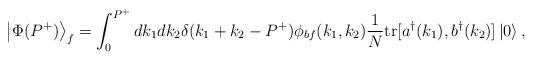
LaTeX: \begin{align*}\left\vert \Phi(P^+) \right\rangle_f=\int_0^{P^+} dk_1 dk_2 \delta(k_1+k_2-P^+)\phi_{bf}(k_1,k_2){1 \over N}{\rm tr}[a^\dagger(k_1), b^\dagger(k_2)]\left\vert 0 \right\rangle ,\end{align*}